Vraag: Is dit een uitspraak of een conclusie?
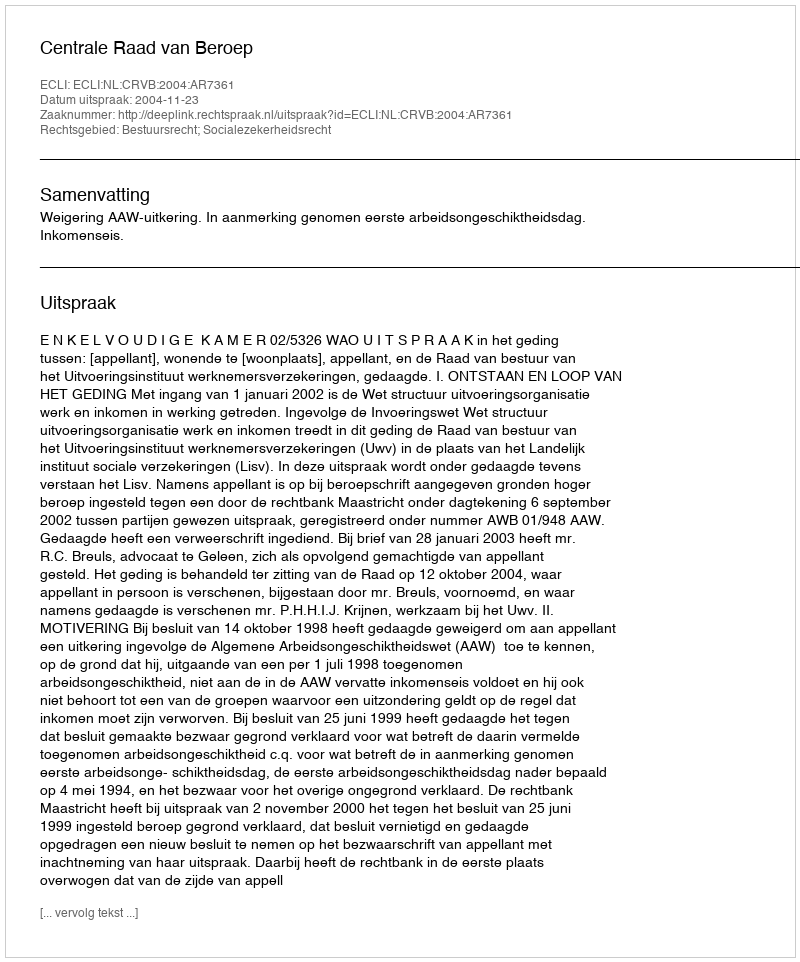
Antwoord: Uitspraak